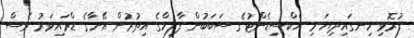
ފުރޮޅި ހިނގައިދިޔަ މި އެކްސިޑެންޓުގެ ސަބަބުން ފާލިހްގެ އިތުރުން އޭނާގެ ޑްރައިވަރު ވެސް